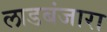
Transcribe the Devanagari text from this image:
लाडबंजारा